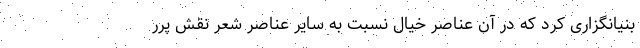
بنیانگزاری کرد که در آن عناصر خیال نسبت به سایر عناصر شعر نقش پرر